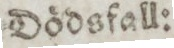
Dödsfall: